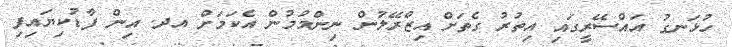
ހުޅަނގު އައްސޭރީގައި އިތުރު ގެތަށް އިޒްރޭލުން ނިންމުމުން އެކަމަށް އދ. އިން ފާޑުކިޔައިފި